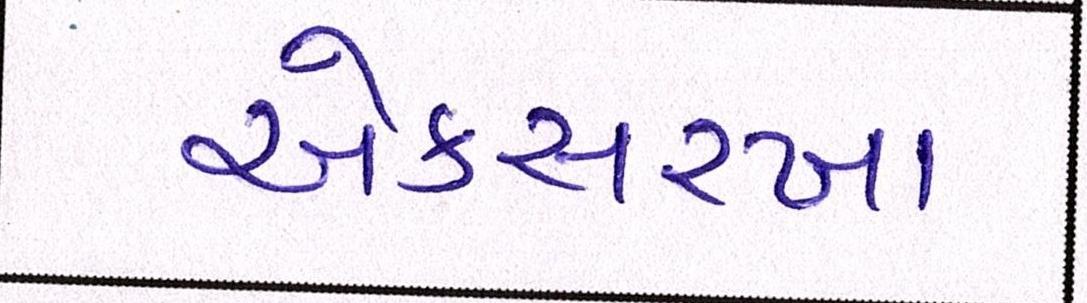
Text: એકસરખા